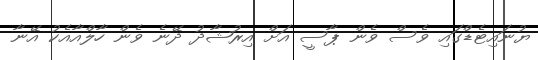
ޔުނައިޓެޑްގައި ވެސް ވެން ޕާސީ އަށް އިރުޝާދު ދޭނެ ވެން ހާލްއާއެކު އޭނާ